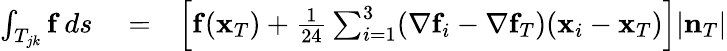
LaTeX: \begin{array}{rlr}{\int_{T_{jk}}{\mathbf f}\, ds}&{{}=}&{\left[{\mathbf f}({\mathbf x}_{T})+\frac{1}{24}\sum_{i=1}^{3}(\nabla{\mathbf f}_{i}-\nabla{\mathbf f}_{T})({\mathbf x}_{i}-{\mathbf x}_{T})\right]|{\mathbf n}_{T}|}\end{array}